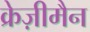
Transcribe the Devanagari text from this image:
क्रेज़ीमैन